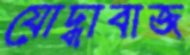
যোদ্ধাবাজ